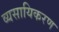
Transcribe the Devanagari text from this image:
व्यसायिकरण